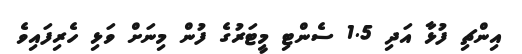
އިންޗި ފުޅާ އަދި 1.5 ސެންޓި މީޓަރުގެ ފުން މިނަށް ވަޅި ހެރިފައިވެ